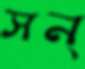
সন্